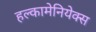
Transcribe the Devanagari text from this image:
हल्कामेनियेक्स